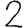
Digit: 2